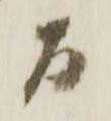
間